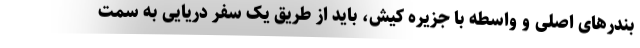
بندرهای اصلی و واسطه با جزیره کیش، باید از طریق یک سفر دریایی به سمت